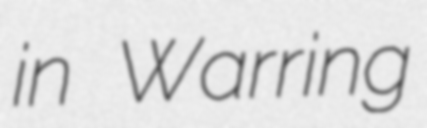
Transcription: in Warring